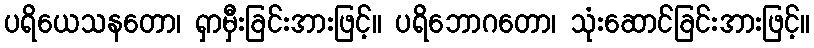
ပရိယေသနတော၊ ရှာမှီးခြင်းအားဖြင့်။ ပရိဘောဂတော၊ သုံးဆောင်ခြင်းအားဖြင့်။